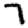
Digit: 7